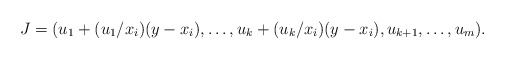
\begin{align*}J=(u_1+(u_1/x_i)(y-x_i),\ldots, u_k+(u_k/x_i)(y-x_i), u_{k+1},\ldots,u_m).\end{align*}